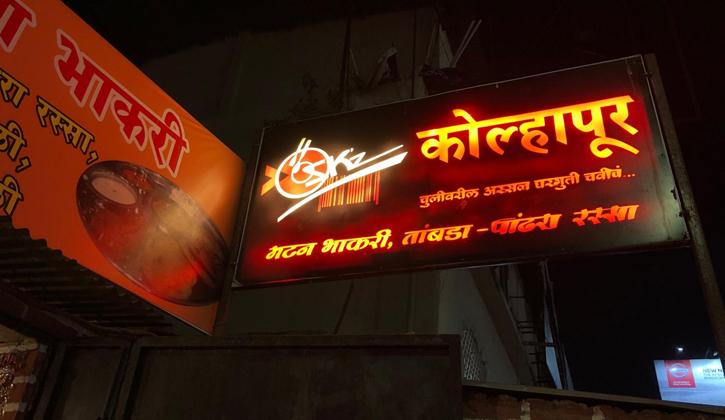
Language: marathi
Transcription: घरघुती भाकरी कोल्हापूर तांबडा- पांढरा रस्सा चुलीवरील मटन